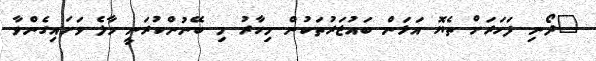
"ދޯނި ފަހަރަށް ތެޔޮ އަޅަން ބައުޒަރުތަކުން މިހާރު މި ބޭނުންކުރަނީ މާލެ ވަށައިގެންވާ